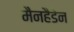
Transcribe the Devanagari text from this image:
मैनहैडेन